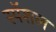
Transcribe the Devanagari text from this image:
स्पॅशल